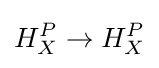
H_{X}^{P}\to H_{X}^{P}